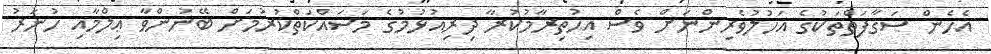
އެހެން ސަޤާފަތްތަކުގެ އަހުލުވެރިންނަށް ވެސް އިޙުތިރާމުކުރާ ދިރިއުޅުމުގެ މަސައްކަތްކުރުމަށް ބޭނުންވާ ޢިލްމާއި ހުނަރު